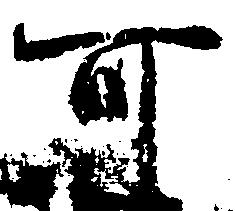
可